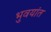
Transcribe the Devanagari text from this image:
भुवयांत